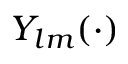
Y _ { l m } ( \cdot )